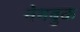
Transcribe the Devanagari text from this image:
नेमबुक